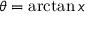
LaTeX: \theta = \arctan x